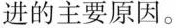
进的主要原因。